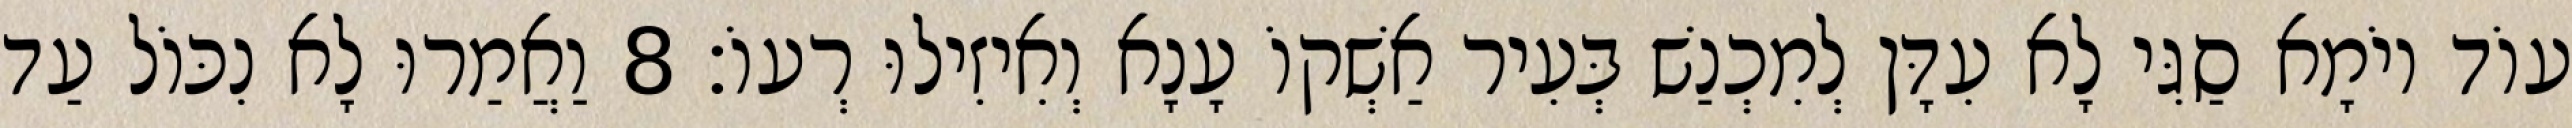
עוֹד יוֹמָא סַגִּי לָא עִדָּן לְמִכְנַשׁ בְּעִיר אַשְׁקוֹ עָנָא וְאִיזִילוּ רְעוֹ׃ 8 וַאֲמַרוּ לָא נִכּוֹל עַד